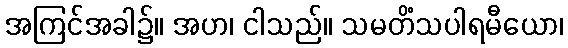
အကြင်အခါ၌။ အဟ၊ ငါသည်။ သမတိံသပါရမီယော၊